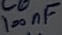
Text: 100nF